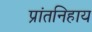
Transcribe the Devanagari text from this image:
प्रांतनिहाय